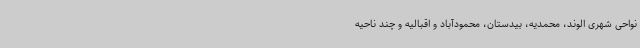
نواحی شهری الوند، محمدیه، بیدستان، محمودآباد و اقبالیه و چند ناحیه